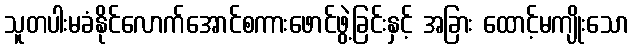
သူတပါးမခံနိုင်လောက်အောင်စကားဖောင်ဖွဲ့ခြင်းနှင့် အခြား ထောင့်မကျိုးသော